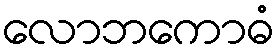
လောဘကောဓံ